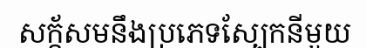
សក្ក័សមនឹងប្រភេទស្បែកនីមួយ